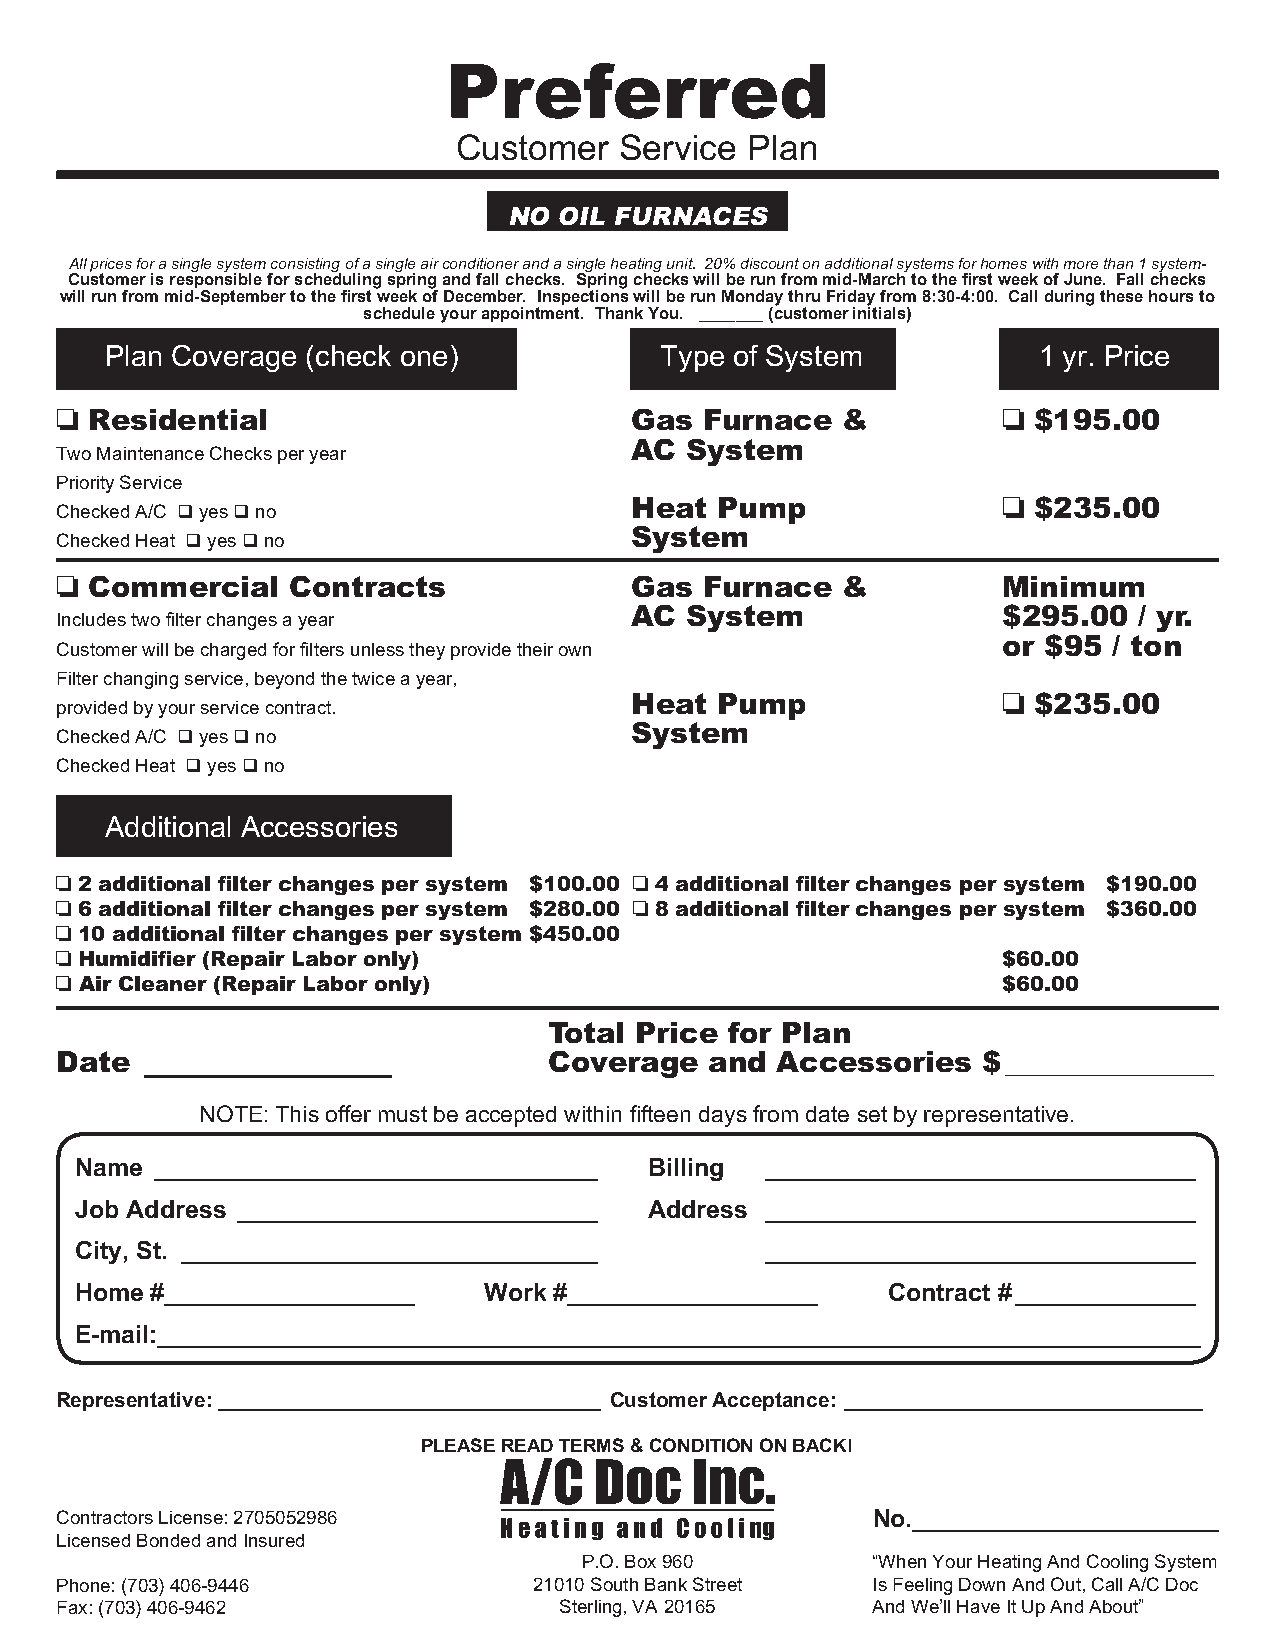
Preferred
 Customer   Service  Plan
 NO OIL FURNACES
 All prices for a single system consisting of a single air conditioner and a single heating unit. 20% discount on additional systems for homes with more than 1 system-
 Customer is responsible for scheduling spring and fall checks. Spring checks will be run from mid-March to the first week of June. Fall checks
 will run from mid-September to the first week of December. Inspections will be run Monday thru Friday from 8:30-4:00. Call during these hours to
 schedule your appointment. Thank You. _______ (customer initials)
 Plan Coverage (check one)            Type of System           1 yr. Price
 o Residential                         Gas  Furnace  &         o $195.00
 AC System
 Two Maintenance Checks per year
 Priority Service
 Heat Pump               o $235.00
 Checked A/C q yes q no
 System
 Checked Heat q yes q no
 o Commercial   Contracts              Gas  Furnace  &         Minimum
 AC System               $295.00  / yr.
 Includes two filter changes a year
 or $95  / ton
 Customer will be charged for filters unless they provide their own
 Filter changing service, beyond the twice a year,
 Heat Pump               o $235.00
 provided by your service contract.
 System
 Checked A/C q yes q no
 Checked Heat q yes q no
 Additional Accessories
 o 2 additional filter changes per system $100.00 o 4 additional filter changes per system $190.00
 o 6 additional filter changes per system $280.00 o 8 additional filter changes per system $360.00
 o 10 additional filter changes per system $450.00
 o Humidifier (Repair Labor only)                              $60.00
 o Air Cleaner (Repair Labor only)                             $60.00
 Total Price for Plan
 Date  _________________         Coverage   and Accessories   $
 ____________________
 NOTE: This offer must be accepted within fifteen days from date set by representative.
 Name ________________________________ Billing _______________________________
 Job Address __________________________ Address _______________________________
 City, St. ______________________________      _______________________________
 Home #__________________   Work #__________________   Contract # _____________
 E-mail:___________________________________________________________________________
 Representative: _________________________________ Customer Acceptance: _______________________________
 PLEASE READ TERMS & CONDITION ON BACK!
 Contractors License: 2705052986                       No.______________________
 Licensed Bonded and Insured
 P.O. Box 960       “When Your Heating And Cooling System
 Phone: (703) 406-9446          21010 South Bank Street Is Feeling Down And Out, Call A/C Doc
 Fax: (703) 406-9462              Sterling, VA 20165   And We’ll Have It Up And About”